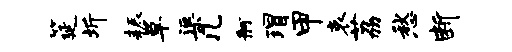
筵圻耨草渠几舸瑁甲哀荔愁断